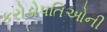
કરોડોપતિઓની